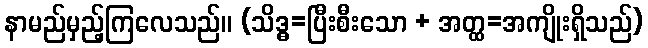
နာမည်မှည့်ကြလေသည်။ (သိဒ္ဓ=ပြီးစီးသော + အတ္ထ=အကျိုးရှိသည်)